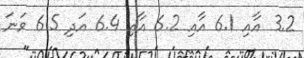
3.2 އާއި 6.1 އާއި 6.2 އާއި 6.4 އަދި 6.5 ވަނަ